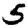
Digit: 5